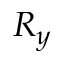
R _ { y }